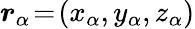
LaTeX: \boldsymbol{r}_{\alpha}\! =\! (x_{\alpha},y_{\alpha},z_{\alpha})